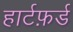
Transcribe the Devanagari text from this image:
हार्टफ़र्ड